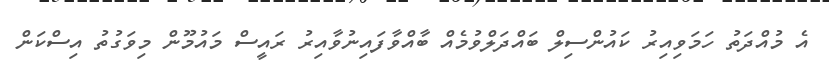
އެ މުއްދަތު ހަމަވިއިރު ކައުންސިލް ބައްދަލްވުމެއް ބާއްވާފައިނުވާއިރު ރައީސް މައުމޫން މިވަގުތު އިސްކަން